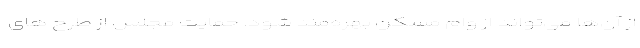
از آن‌ها می‌تواند از وام مسکن بهره‌مند شود. حمایت مجلس از طرح های